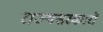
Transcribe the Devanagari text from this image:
राज्यसरकारों